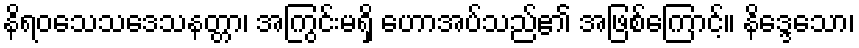
နိရဝသေသဒေသနတ္တာ၊ အကြွင်းမရှိ ဟောအပ်သည်၏ အဖြစ်ကြောင့်။ နိဒ္ဒေသော၊